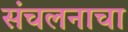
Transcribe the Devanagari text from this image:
संचलनाचा